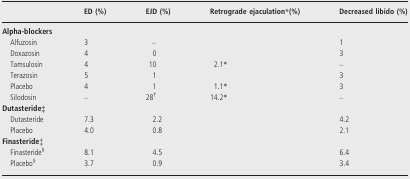
|  | ED (%) | EJD (%) | Retrograde ejaculation*(%) | Decreased libido (%) |
 | --- | --- | --- | --- | --- |
 | <COLSPAN=5> Alpha-blockers |
 | Alfuzosin | 3 | – |  | 1 |
 | Doxazosin | 4 | 0 |  | 3 |
 | Tamsulosin | 4 | 10 | 2.1* | – |
 | Terazosin | 5 | 1 |  | 3 |
 | Placebo | 4 | 1 | 1.1* | 3 |
 | Silodosin | – | 28† | 14.2* | – |
 | <COLSPAN=5> Dutasteride‡ |
 | Dutasteride | 7.3 | 2.2 |  | 4.2 |
 | Placebo | 4.0 | 0.8 |  | 2.1 |
 | <COLSPAN=5> Finasteride‡ |
 | Finasteride§ | 8.1 | 4.5 |  | 6.4 |
 | Placebo§ | 3.7 | 0.9 |  | 3.4 |